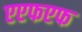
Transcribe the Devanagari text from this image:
एएफएफ